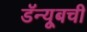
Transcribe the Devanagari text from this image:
डॅन्यूबची